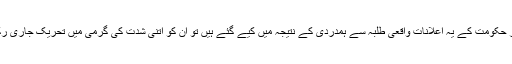
اس سے سوال یہ پیدا ہوتا ہے کہ اگر حکومت کے یہ اعلانات واقعی طلبہ سے ہمدردی کے نتیجہ میں کیے گئے ہیں تو ان کو اتنی شدت کی گرمی میں تحریک جاری رکھنے کی سزا کیوں دی جارہی ہے؟